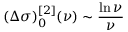
( \Delta \sigma ) _ { 0 } ^ { [ 2 ] } ( \nu ) \sim { \frac { \ln \nu } { \nu } }